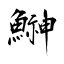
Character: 鰰